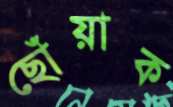
ছোঁয়াক